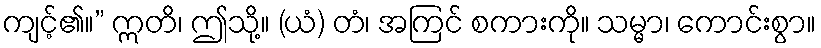
ကျင့်၏။” ဣတိ၊ ဤသို့။ (ယံ) တံ၊ အကြင် စကားကို။ သမ္မာ၊ ကောင်းစွာ။